Indian journal of veterinary science and animal husbandry - Volume 10,
Year: 1940
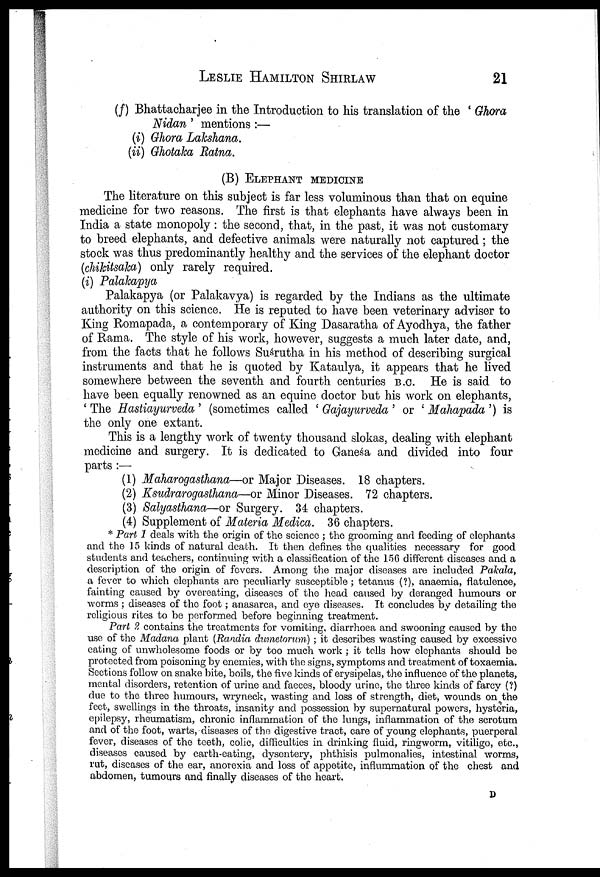
LESLIE
HAMILTON
SHIRLAW
21
(f) Bhattacharjee in the Introduction to his translation of the ' Ghora
Nidan ' mentions :—
(i) Ghora Lakshana.
(ii) Ghotaka Ratna.
(B) ELEPHANT MEDICINE
The literature on this subject is far less voluminous than that on equine
medicine for two reasons. The first is that elephants have always been in
India a state monopoly : the second, that, in the past, it was not customary
to breed elephants, and defective animals were naturally not captured; the
stock was thus predominantly healthy and the services of the elephant doctor
(chikitsaka) only rarely required.
(i) Palakapya
Palakapya (or Palakavya) is regarded by the Indians as the ultimate
authority on this science. He is reputed to have been veterinary adviser to
King Romapada, a contemporary of King Dasaratha of Ayodhya, the father
of Rama. The style of his work, however, suggests a much later date, and,
from the facts that he follows Suśrutha in his method of describing surgical
instruments and that he is quoted by Kataulya, it appears that he lived
somewhere between the seventh and fourth centuries B.C. He is said to
have been equally renowned as an equine doctor but his work on elephants,
' The Hastiayurveda ' (sometimes called ' Gajayurveda ' or ' Mahapada ') is
the only one extant.
This is a lengthy work of twenty thousand slokas, dealing with elephant
medicine and surgery. It is dedicated to Ganeśa and divided into four
parts :—
(1) Maharogasthana—or Major Diseases. 18 chapters.
(2) Ksudrarogasthana—or Minor Diseases. 72 chapters.
(3) Salyasthana—or Surgery. 34 chapters.
(4) Supplement of Materia Medica. 36 chapters.
* Part 1 deals with the origin of the science ; the grooming and feeding of elephants
and the 15 kinds of natural death. It then defines the qualities necessary for good
students and teachers, continuing with a classification of the 156 different diseases and a
description of the origin of fevers. Among the major diseases are included Pakala,
a fever to which elephants are peculiarly susceptible ; tetanus (?), anaemia, flatulence,
fainting caused by overeating, diseases of the head caused by deranged humours or
worms ; diseases of the foot; anasarca, and eye diseases. It concludes by detailing the
religious rites to be performed before beginning treatment.
Part 2 contains the treatments for vomiting, diarrhoea and swooning caused by the
use of the Madana plant (Randia dumetorum) ; it describes wasting caused by excessive
eating of unwholesome foods or by too much work ; it tells how elephants should be
protected from poisoning by enemies, with the signs, symptoms and treatment of toxaemia.
Sections follow on snake bite, boils, the five kinds of erysipelas, the influence of the planets,
mental disorders, retention of urine and faeces, bloody urine, the three kinds of farcy (?)
due to the three humours, wryneck, wasting and loss of strength, diet, wounds on the
feet, swellings in the throats, insanity and possession by supernatural powers, hysteria,
epilepsy, rheumatism, chronic inflammation, of the lungs, inflammation of the scrotum
and of the foot, warts, diseases of the digestive tract, care of young elephants, puerperal
fever, diseases of the teeth, colic, difficulties in drinking fluid, ringworm, vitiligo, etc.,
diseases caused by earth-eating, dysentery, phthisis pulmonalies, intestinal worms,
rut, diseases of the ear, anorexia and loss of appetite, inflummation of the chest and
abdomen, tumours and finally diseases of the heart.
D